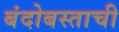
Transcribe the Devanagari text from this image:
बंदोबस्ताची